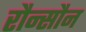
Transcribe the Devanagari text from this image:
रौन्सौन